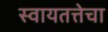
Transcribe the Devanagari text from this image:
स्वायतत्तेचा